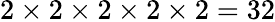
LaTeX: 2\times 2\times 2\times 2\times 2=32